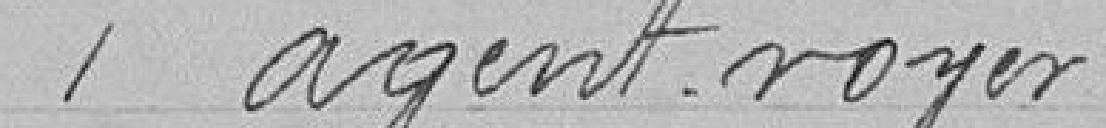
1 agent voyer